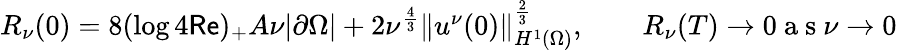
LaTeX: \begin{array}{r}{R_{\nu}(0)=8(\log 4\mathsf{Re})_{+}A\nu|\partial\Omega|+2\nu^{\frac 43}\left\lVert u^{\nu}(0)\right\rVert_{H^{1}(\Omega)}^{\frac 23},\qquad R_{\nu}(T)\to 0\mathrm{~a~s~}\nu\to 0}\end{array}